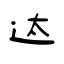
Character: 迏